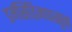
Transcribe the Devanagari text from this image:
डर्मसिडिनपासून